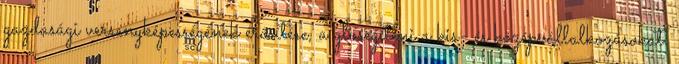
gazdasági versenyképességének erősítése, a glosegíteni a kis- és középvállalkozásokat.